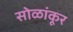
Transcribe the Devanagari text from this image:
सोळांकूर